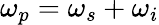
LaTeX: \omega_{p}=\omega_{s}+\omega_{i}